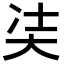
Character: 𭑋